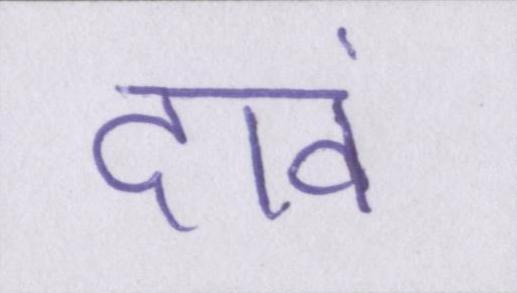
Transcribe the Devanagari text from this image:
दावं